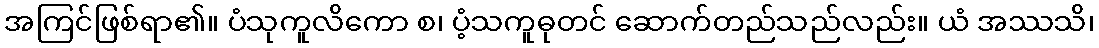
အကြင်ဖြစ်ရာ၏။ ပံသုကူလိကော စ၊ ပံ့သကူဓုတင် ဆောက်တည်သည်လည်း။ ယံ အဿသိ၊